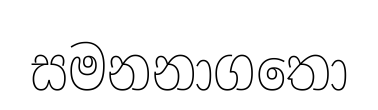
සමනනාගතො